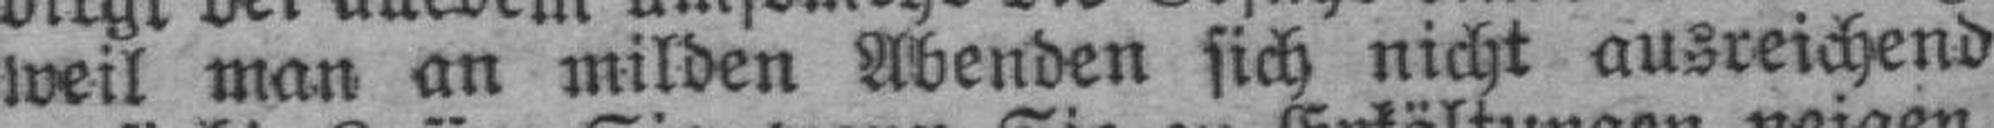
weil man an milden Abenden sich nicht ausreichend